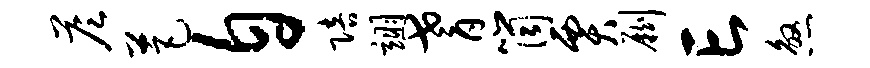
答芭自陪翊耆筒贾劂亡煞